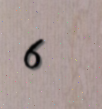
6